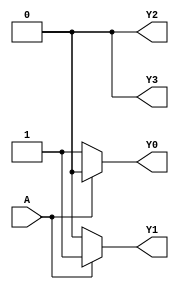
// 2x4 Binary Decoder

// Gate Level Modelling
// module decoder2_4 (input A, output Y);
//     wire w1, w2;
//     not n1 (w1, A[0]);
//     not n2 (w2, A[1]);
//     and a1 (Y[0], w1, w2);
//     and a2 (Y[1], w1, A[1]);
//     and a3 (Y[2], A[0], w2);
//     and a4 (Y[3], A[0], A[1]);
// endmodule

module decoder2_4 (
    input wire A,
    output wire Y0, Y1, Y2, Y3
);

assign Y0 = (A == 2'b00) ? 1'b1 : 1'b0;
assign Y1 = (A == 2'b01) ? 1'b1 : 1'b0;
assign Y2 = (A == 2'b10) ? 1'b1 : 1'b0;
assign Y3 = (A == 2'b11) ? 1'b1 : 1'b0;

endmodule